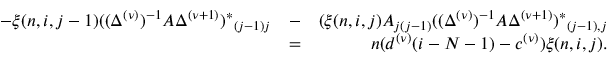
\begin{array} { r l r } { - \xi ( n , i , j - 1 ) { ( ( \Delta ^ { ( \nu ) } ) ^ { - 1 } A \Delta ^ { ( \nu + 1 ) } ) ^ { \ast } } _ { ( j - 1 ) j } } & { - } & { ( \xi ( n , i , j ) A _ { j ( j - 1 ) } { ( ( \Delta ^ { ( \nu ) } ) ^ { - 1 } A \Delta ^ { ( \nu + 1 ) } ) ^ { \ast } } _ { ( j - 1 ) , j } } \\ & { = } & { n ( d ^ { ( \nu ) } ( i - N - 1 ) - c ^ { ( \nu ) } ) \xi ( n , i , j ) . } \end{array}